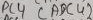
Text: PC4 (ADC4)